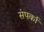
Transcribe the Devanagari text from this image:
संपर्का